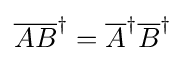
{\overline {AB}}^{\dagger }={\overline {A}}^{\dagger }{\overline {B}}^{\dagger }